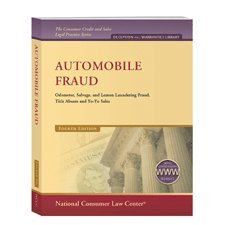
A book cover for Automobile Fraud: Odometer Tampering, Lemon Laundering, and Concealment of Salvage or Other Adverse History (The Consumer Credit and Sales Legal Practice Series); Carolyn L. Carter; Law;